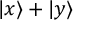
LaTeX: | x \rangle + | y \rangle